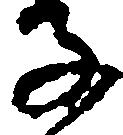
子